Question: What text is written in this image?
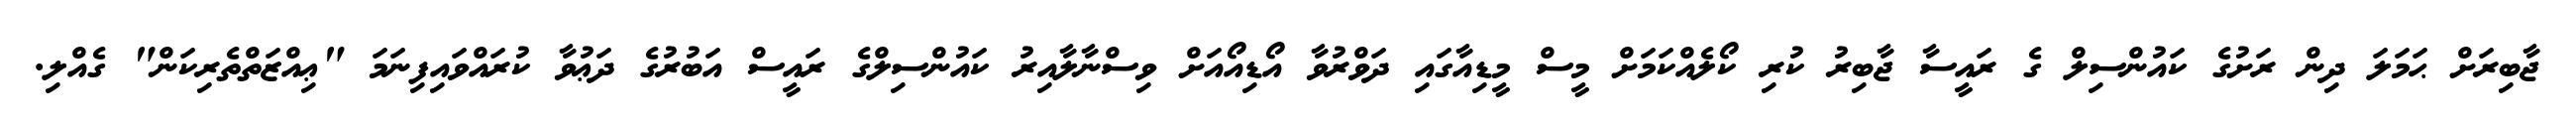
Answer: ޖާބިރަށް ޙަމަލަ ދިން ރަށުގެ ކައުންސިލް ގެ ރައީސާ ޖާބިރު ކުރި ކޯލެއްކަމަށް މީސް މީޑިއާގައި ދަވްރުވާ އޯޑިއޯއަށް ވިސްނާލާއިރު ކައުންސިލްގެ ރައީސް އަބުރުގެ ދަޢުވާ ކުރައްވައިފިނަމަ "ޢިއްޒަތްތެރިކަން" ގެއްލި.